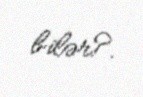
bilər?.